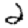
Digit: 2